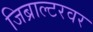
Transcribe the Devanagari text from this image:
जिब्राल्टरवर